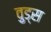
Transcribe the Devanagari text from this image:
व़ुड्स